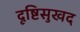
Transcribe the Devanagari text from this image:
दृष्टिसुखद